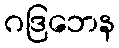
ဂဒြဘေန